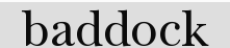
baddock